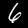
Digit: 6